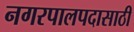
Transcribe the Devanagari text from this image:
नगरपालपदासाठी